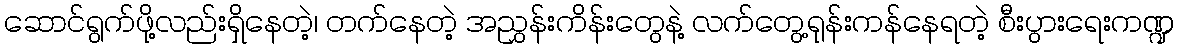
ဆောင်ရွက်ဖို့လည်းရှိနေတဲ့၊ တက်နေတဲ့ အညွှန်းကိန်းတွေနဲ့ လက်တွေ့ရုန်းကန်နေရတဲ့ စီးပွားရေးကဏ္ဍ